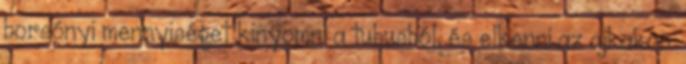
borsónyi mennyiséget kinyomni a tubusból, és elkenni az ajkakon.